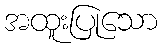
အထူးပြုသော